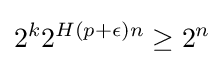
2^{k}2^{H(p+\epsilon )n}\geq 2^{n}